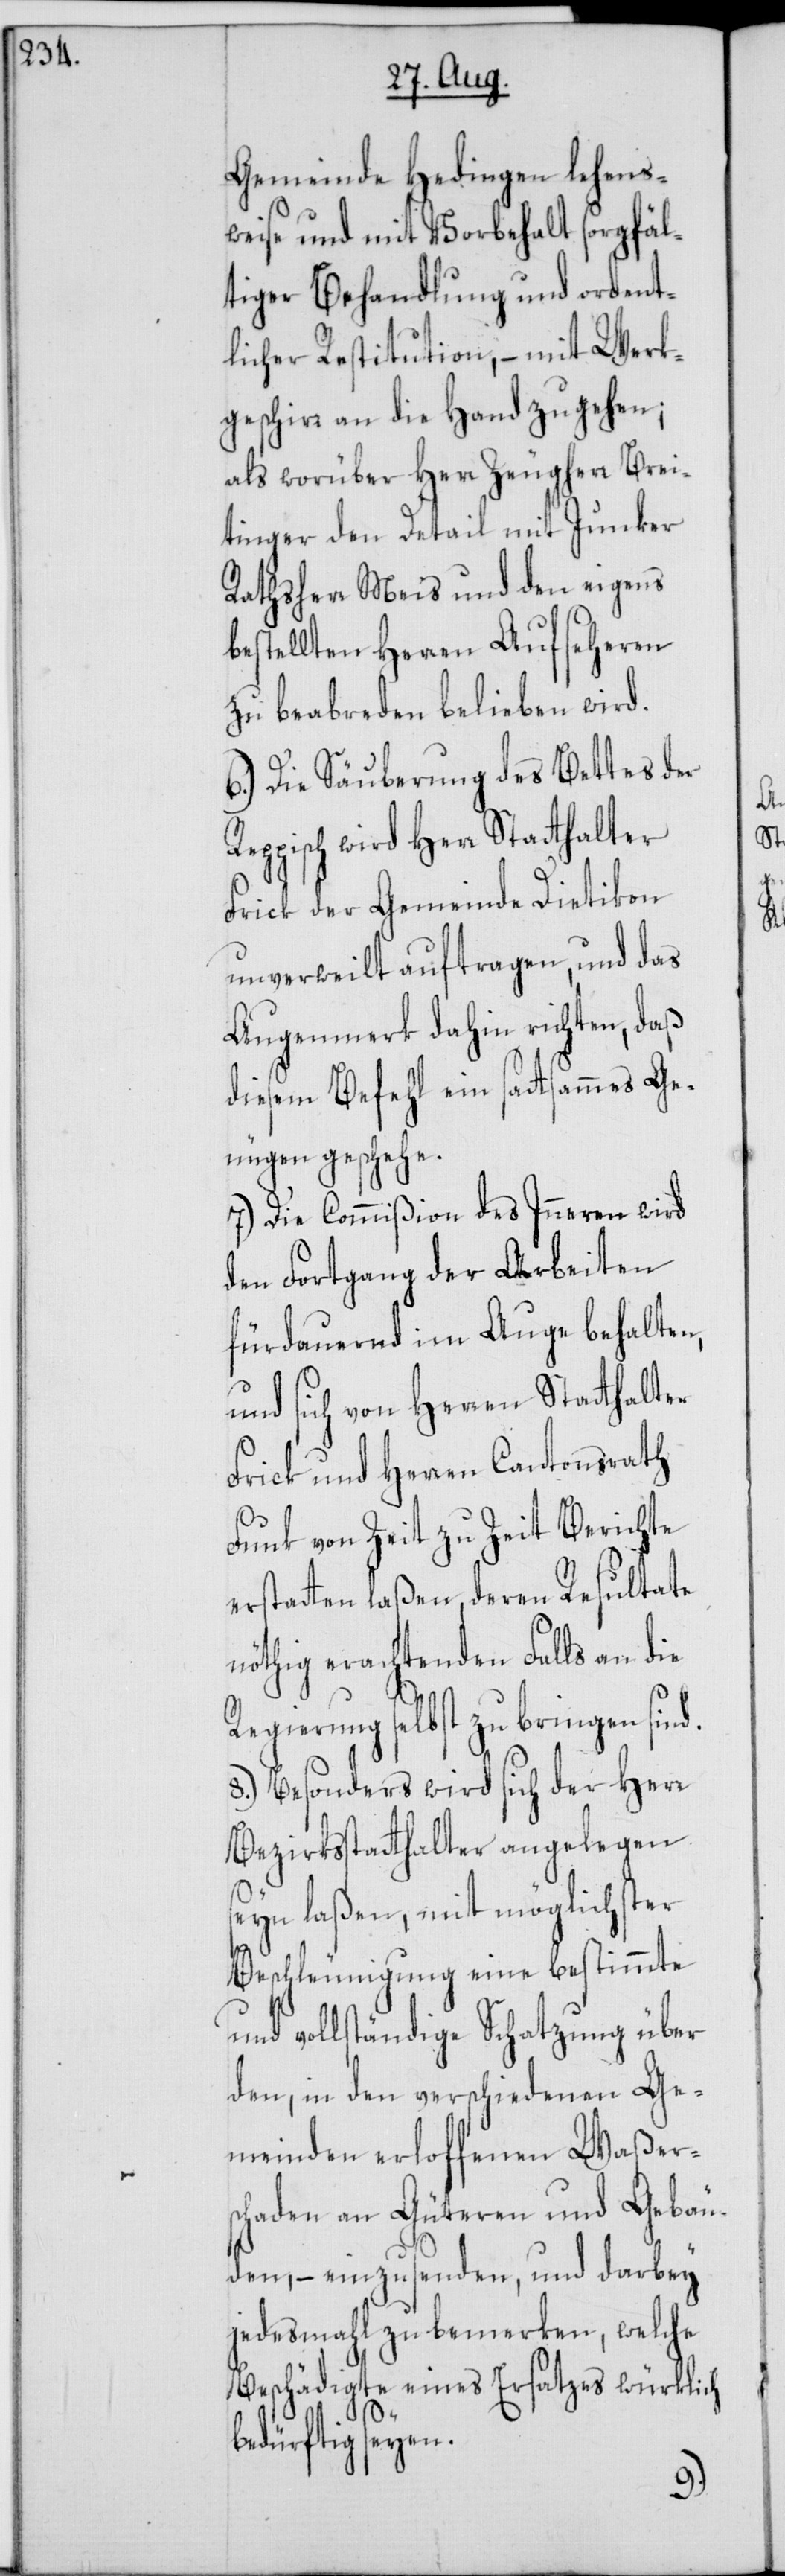
Gemeinde Hedingen lehens¬
weise und mit Vorbehalt sorgfäl¬
tiger Behandlung und ordent¬
licher Restitution, – mit Werk¬
geschirr an die Hand zu gehen;
als worüber Herr Zeugherr Brei¬
tinger den Detail mit Junker
Rathsherr Meis und den eigens
bestellten Herren Aufseheren
zu beabreden belieben wird.
6.) Die Säuberung des Bettes der
Reppisch wird Herr Statthalter
Frick der Gemeinde Dietikon
unverweilt auftragen, und das
Augenmerk dahin richten, daß
diesem Befehl ein sattsammes Ge¬
nügen geschehe.
7.) Die Commißion des Inneren wird
den Fortgang der Arbeiten
fürdauernd im Auge behalten,
und sich von Herren Statthalter
Frick und Herren Cantonsrath
Funk von Zeit zu Zeit Berichte
erstatten laßen, deren Resultate
nöthig erachtenden Falls an die
Regierung selbst zu bringen sin¬
8.) Besonders wird sich der Herr
Bezirksstatthalter angelegen
seyn laßen, mit möglichster
Beschleunigung eine bestimmte
und vollständige Schatzung über
den, in den verschiedenen Ge¬
meinden erloffenen Waßer¬
schaden an Güteren und Gebäu¬
den, – einzusenden, und darbey
jedesmahl zu bemerken, welche
Beschädigte eines Ersatzes würklich
bedürftig seyen.
d.